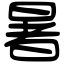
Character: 暑